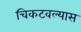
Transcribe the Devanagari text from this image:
चिकटवल्यास